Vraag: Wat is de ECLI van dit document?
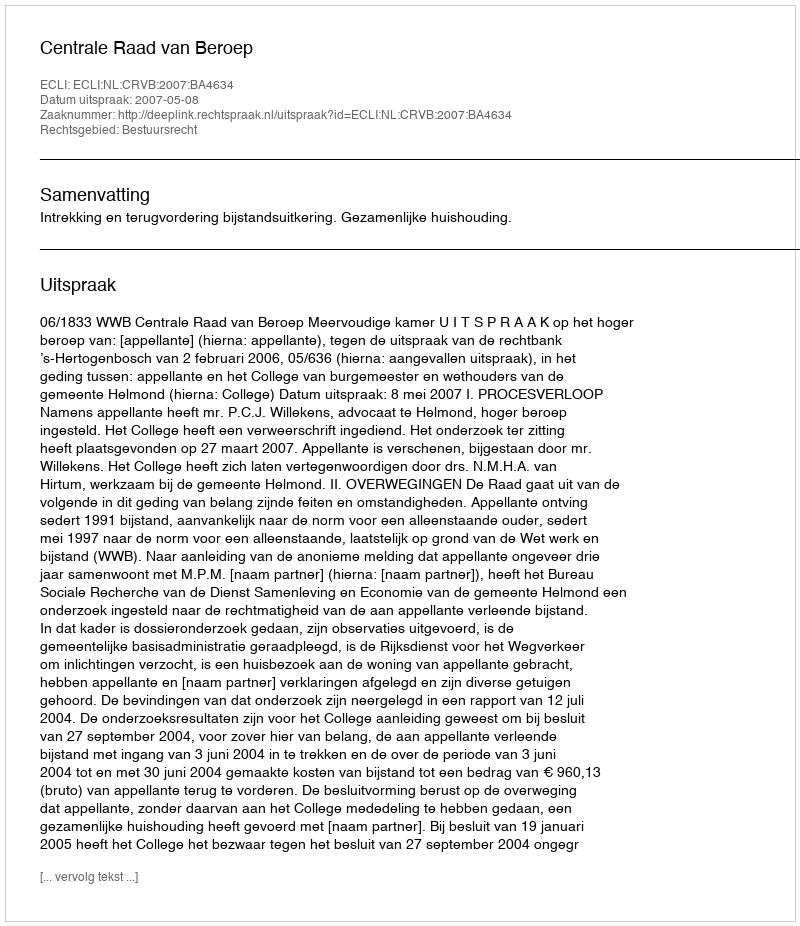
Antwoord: ECLI:NL:CRVB:2007:BA4634